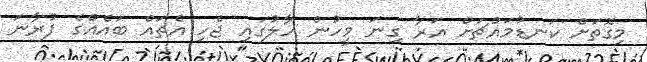
މިގޮތަށް ކަނޑުމައްޗަށް އަރާ ގިނަ މީހުން ހާލުގައި ޖެހި އެތައް ބައެއްގެ ފުރާނަ